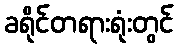
ခရိုင်တရားရုံးတွင်